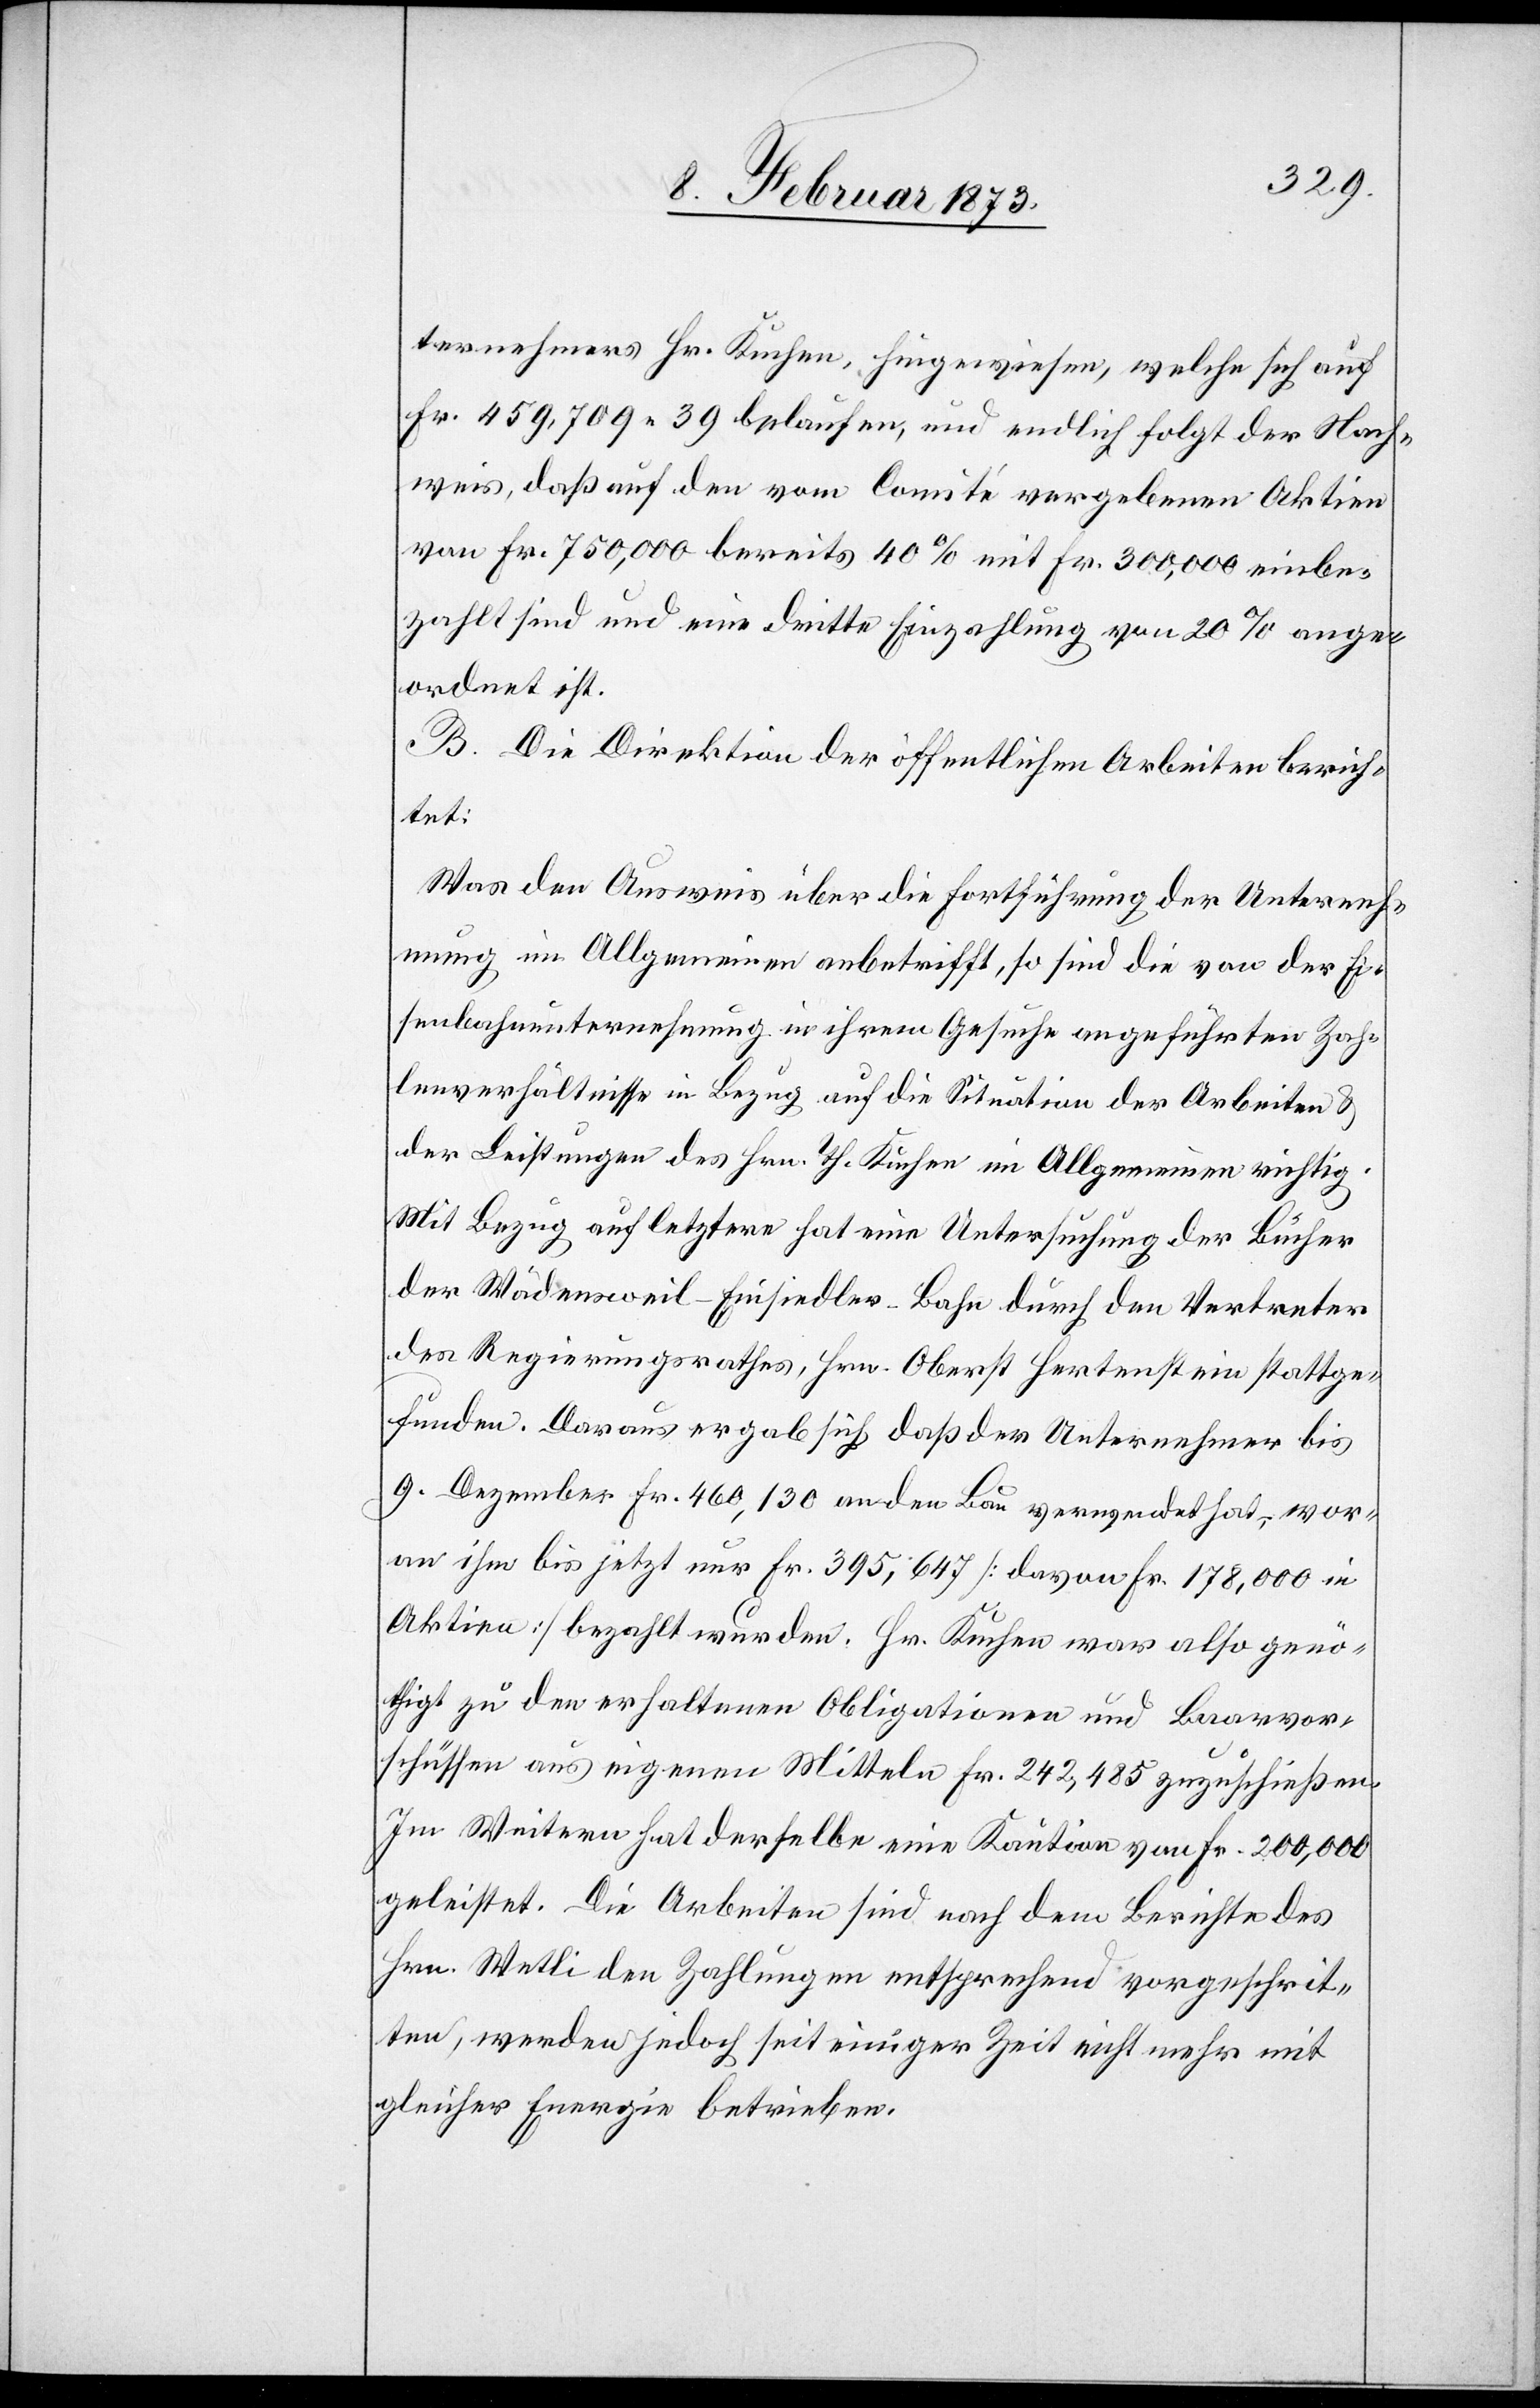
ternehmers Hr. Kuchen, hingewiesen, welche sich auf
Fr. 459,709.39 belaufen, und endlich folgt der Nach¬
weis, daß auf den vom Comité vorge[ge]benen Aktien
von Fr. 750,000 bereits 40% mit Fr. 300,000 einbe¬
zahlt sind und eine dritte Einzahlung von 20% ange¬
ordnet ist.
B. Die Direktion der öffentlichen Arbeiten berich¬
tet:
Was den Ausweis über die Fortführung der Unterneh¬
mung im Allgemeinen anbetrifft, so sind die von der Ei¬
senbahnunternehmung in ihrem Gesuche angeführten Zah¬
lenverhältnisse in Bezug auf die Situation der Arbeiten u.
der Leistungen des Hrn. Th. Kuchen im Allgemeinen richtig.
Mit Bezug auf letztere hat eine Untersuchung der Bücher
der Wädensweil–Einsiedler-Bahn durch den Vertreter
des Regierungsrathes, Hrn. Oberst Hertenstein stattge¬
funden. Daraus ergab sich, daß der Unternehmer bis
9. Dezember Fr. 460,130 an den Bau verwendet hat, wor¬
an ihm bis jetzt nur Fr. 395,647 [davon Fr. 178,000 in
Aktien] bezahlt wurden. Hr. Kuchen war also genö¬
thigt zu den erhaltenen Obligationen und Baarvor¬
schüssen aus eigenen Mitteln Fr. 242,485 zuzuschießen.
Im Weitern hat derselbe eine Kaution von Fr. 200,000
geleistet. Die Arbeiten sind nach dem Berichte des
Hrn. Wetli den Zahlungen entsprechend vorgeschrit¬
ten, werden jedoch seit einiger Zeit nicht mehr mit
gleicher Energie betrieben.